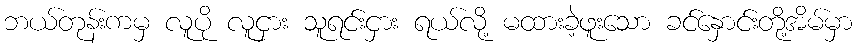
ဘယ်တုန်းကမှ လူပို လူငှား သူရင်းငှား ရယ်လို့ မထားခဲ့ဖူးသော ခင်နှောင်းတို့အိမ်မှာ